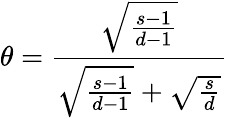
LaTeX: \theta=\frac{\sqrt{\frac{s-1}{d-1}}}{\sqrt{\frac{s-1}{d-1}}+\sqrt{\frac{s}{d}}}